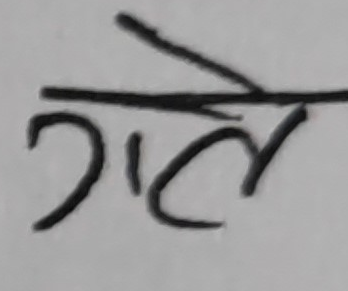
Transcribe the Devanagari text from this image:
गल